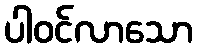
ပါဝင်လာသော